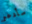
سأدعو